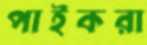
পাইকরা